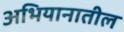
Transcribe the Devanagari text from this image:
अभियानातील